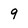
Character: 9